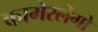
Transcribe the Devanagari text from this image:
कामेरर्लेंगो